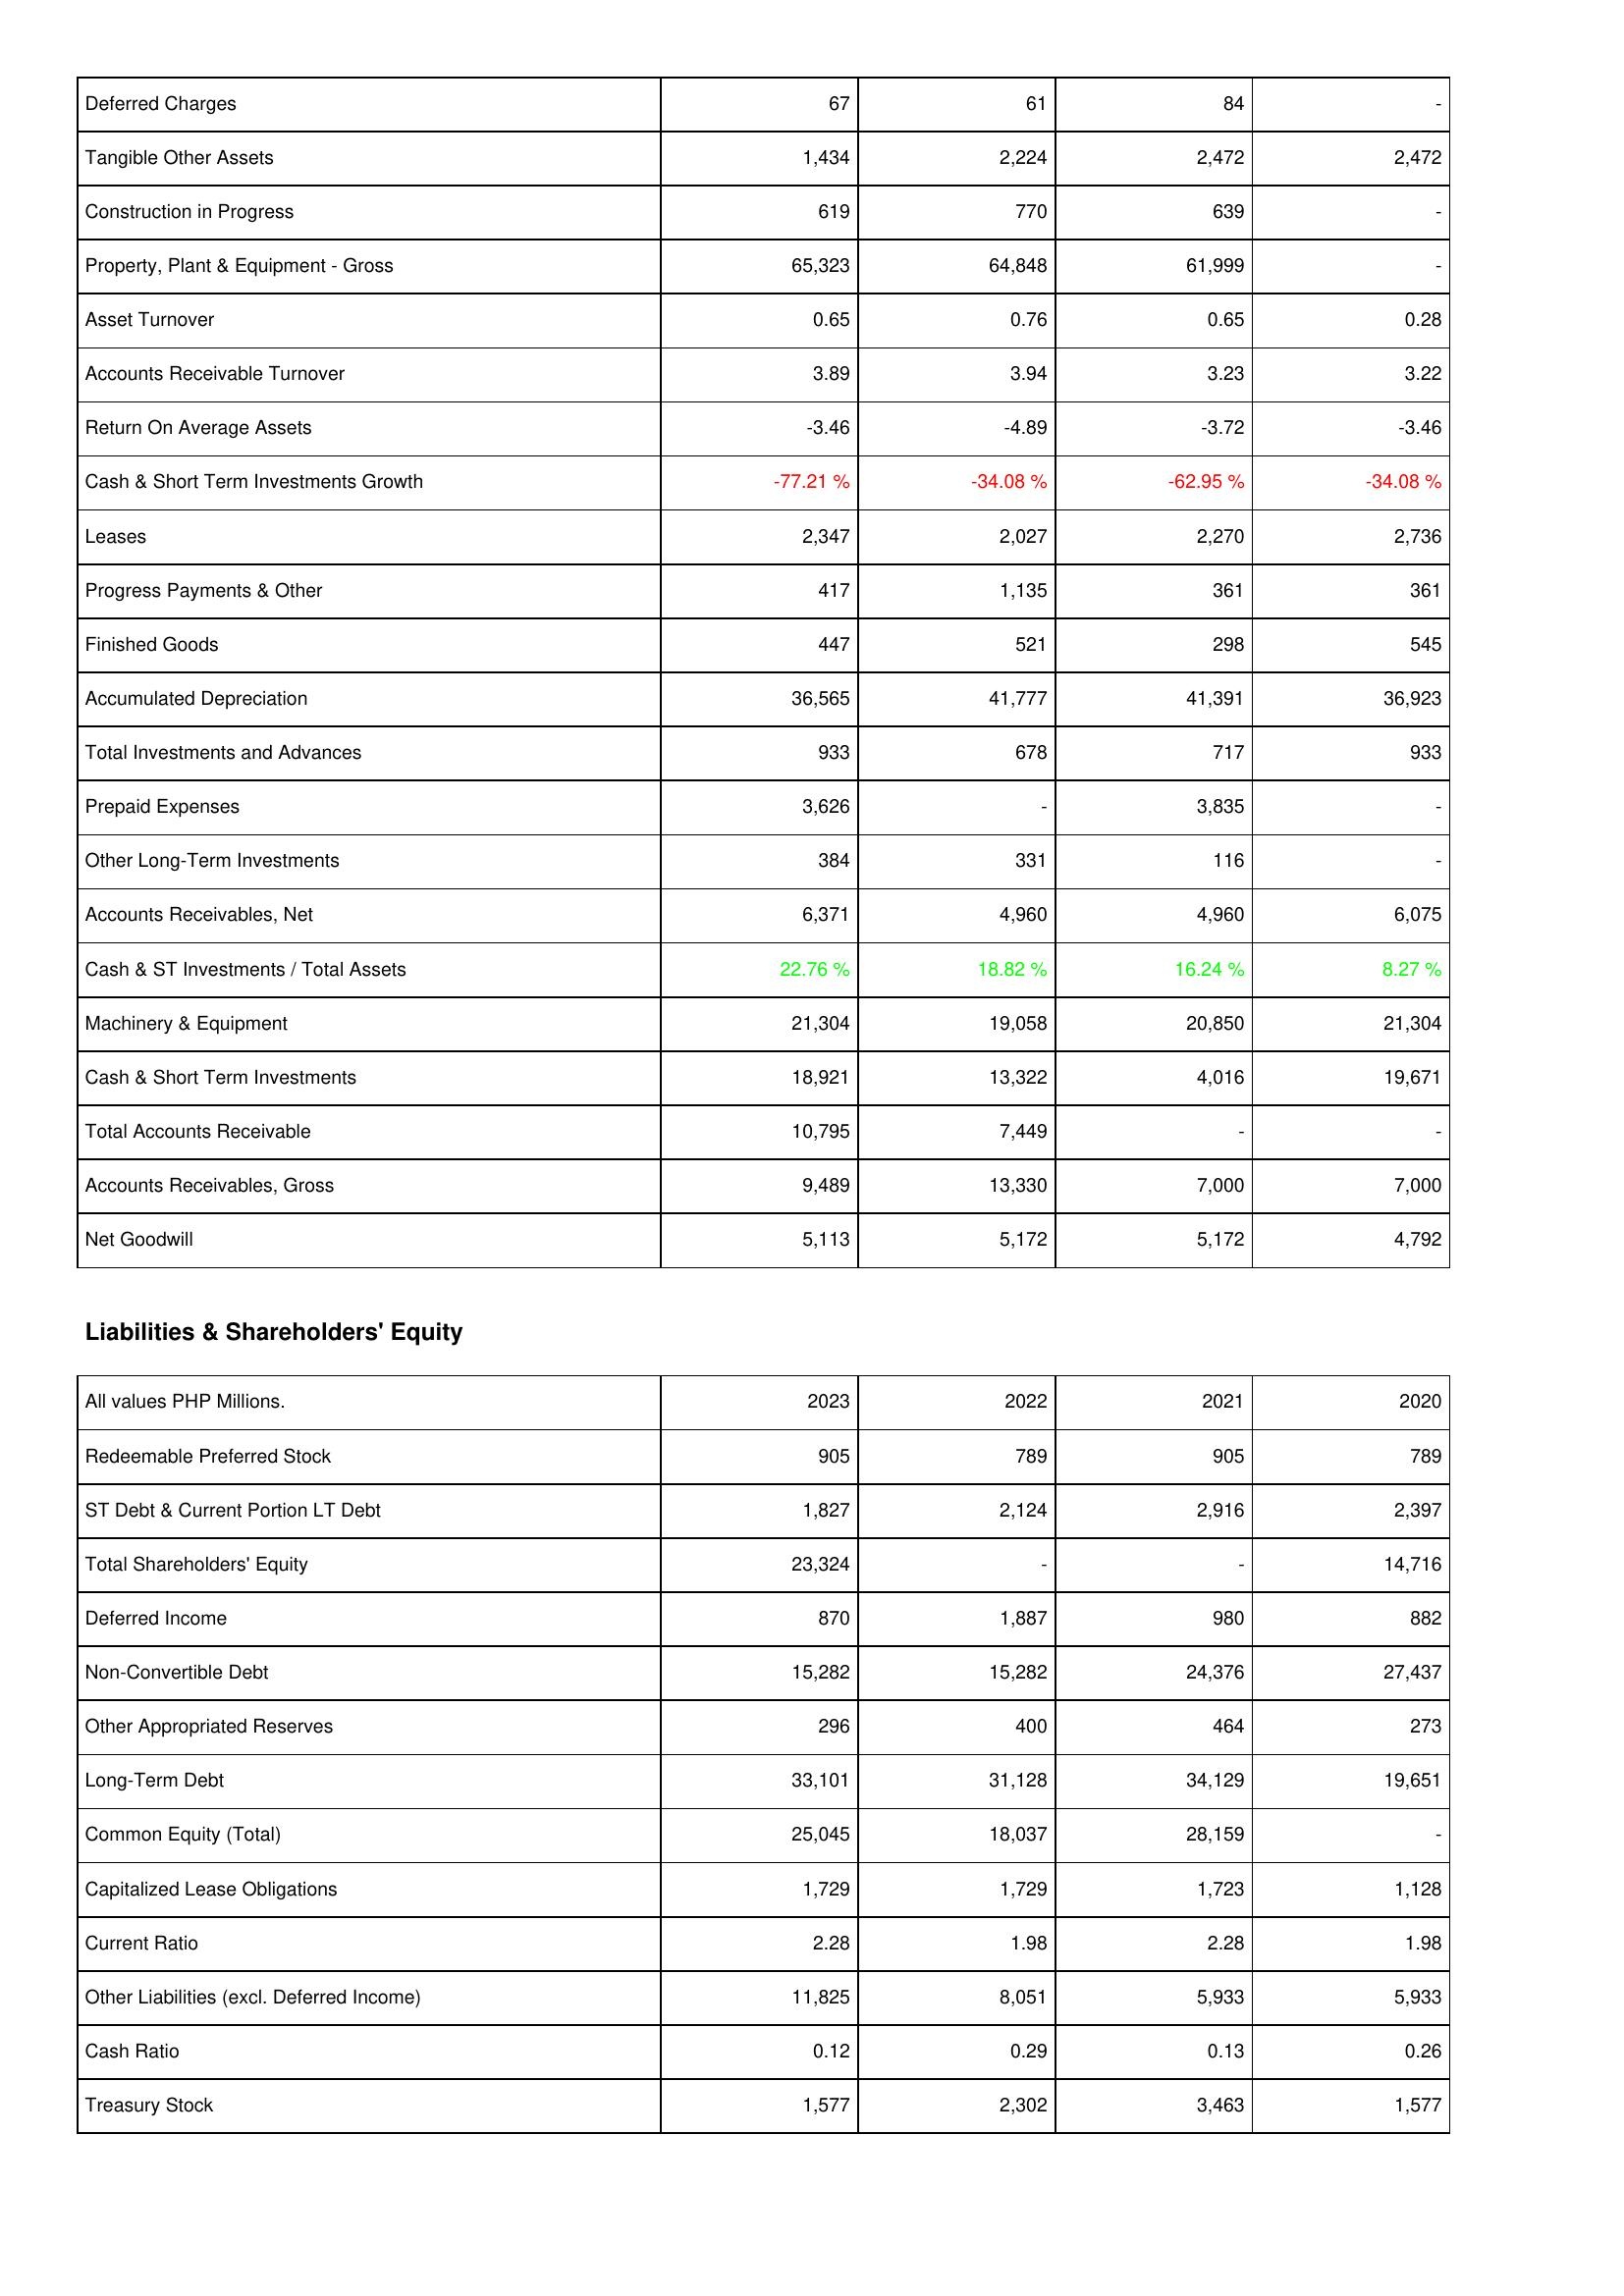
2023: Assets: Deferred Charges: 67
Tangible Other Assets: 1,434
Construction in Progress: 619
Property, Plant & Equipment - Gross: 65,323
Asset Turnover: 0.65
Accounts Receivable Turnover: 3.89
Return On Average Assets: -3.46
Cash & Short Term Investments Growth: -77.21 %
Leases: 2,347
Progress Payments & Other: 417
Finished Goods: 447
Accumulated Depreciation: 36,565
Total Investments and Advances: 933
Prepaid Expenses: 3,626
Other Long-Term Investments: 384
Accounts Receivables, Net: 6,371
Cash & ST Investments / Total Assets: 22.76 %
Machinery & Equipment: 21,304
Cash & Short Term Investments: 18,921
Total Accounts Receivable: 10,795
Accounts Receivables, Gross: 9,489
Net Goodwill: 5,113
Liabilities & Shareholders' Equity: Redeemable Preferred Stock: 905
ST Debt & Current Portion LT Debt: 1,827
Total Shareholders' Equity: 23,324
Deferred Income: 870
Non-Convertible Debt: 15,282
Other Appropriated Reserves: 296
Long-Term Debt: 33,101
Common Equity (Total): 25,045
Capitalized Lease Obligations: 1,729
Current Ratio: 2.28
Other Liabilities (excl. Deferred Income): 11,825
Cash Ratio: 0.12
Treasury Stock: 1,577
2022: Assets: Deferred Charges: 61
Tangible Other Assets: 2,224
Construction in Progress: 770
Property, Plant & Equipment - Gross: 64,848
Asset Turnover: 0.76
Accounts Receivable Turnover: 3.94
Return On Average Assets: -4.89
Cash & Short Term Investments Growth: -34.08 %
Leases: 2,027
Progress Payments & Other: 1,135
Finished Goods: 521
Accumulated Depreciation: 41,777
Total Investments and Advances: 678
Prepaid Expenses: -
Other Long-Term Investments: 331
Accounts Receivables, Net: 4,960
Cash & ST Investments / Total Assets: 18.82 %
Machinery & Equipment: 19,058
Cash & Short Term Investments: 13,322
Total Accounts Receivable: 7,449
Accounts Receivables, Gross: 13,330
Net Goodwill: 5,172
Liabilities & Shareholders' Equity: Redeemable Preferred Stock: 789
ST Debt & Current Portion LT Debt: 2,124
Total Shareholders' Equity: -
Deferred Income: 1,887
Non-Convertible Debt: 15,282
Other Appropriated Reserves: 400
Long-Term Debt: 31,128
Common Equity (Total): 18,037
Capitalized Lease Obligations: 1,729
Current Ratio: 1.98
Other Liabilities (excl. Deferred Income): 8,051
Cash Ratio: 0.29
Treasury Stock: 2,302
2021: Assets: Deferred Charges: 84
Tangible Other Assets: 2,472
Construction in Progress: 639
Property, Plant & Equipment - Gross: 61,999
Asset Turnover: 0.65
Accounts Receivable Turnover: 3.23
Return On Average Assets: -3.72
Cash & Short Term Investments Growth: -62.95 %
Leases: 2,270
Progress Payments & Other: 361
Finished Goods: 298
Accumulated Depreciation: 41,391
Total Investments and Advances: 717
Prepaid Expenses: 3,835
Other Long-Term Investments: 116
Accounts Receivables, Net: 4,960
Cash & ST Investments / Total Assets: 16.24 %
Machinery & Equipment: 20,850
Cash & Short Term Investments: 4,016
Total Accounts Receivable: -
Accounts Receivables, Gross: 7,000
Net Goodwill: 5,172
Liabilities & Shareholders' Equity: Redeemable Preferred Stock: 905
ST Debt & Current Portion LT Debt: 2,916
Total Shareholders' Equity: -
Deferred Income: 980
Non-Convertible Debt: 24,376
Other Appropriated Reserves: 464
Long-Term Debt: 34,129
Common Equity (Total): 28,159
Capitalized Lease Obligations: 1,723
Current Ratio: 2.28
Other Liabilities (excl. Deferred Income): 5,933
Cash Ratio: 0.13
Treasury Stock: 3,463
2020: Assets: Deferred Charges: -
Tangible Other Assets: 2,472
Construction in Progress: -
Property, Plant & Equipment - Gross: -
Asset Turnover: 0.28
Accounts Receivable Turnover: 3.22
Return On Average Assets: -3.46
Cash & Short Term Investments Growth: -34.08 %
Leases: 2,736
Progress Payments & Other: 361
Finished Goods: 545
Accumulated Depreciation: 36,923
Total Investments and Advances: 933
Prepaid Expenses: -
Other Long-Term Investments: -
Accounts Receivables, Net: 6,075
Cash & ST Investments / Total Assets: 8.27 %
Machinery & Equipment: 21,304
Cash & Short Term Investments: 19,671
Total Accounts Receivable: -
Accounts Receivables, Gross: 7,000
Net Goodwill: 4,792
Liabilities & Shareholders' Equity: Redeemable Preferred Stock: 789
ST Debt & Current Portion LT Debt: 2,397
Total Shareholders' Equity: 14,716
Deferred Income: 882
Non-Convertible Debt: 27,437
Other Appropriated Reserves: 273
Long-Term Debt: 19,651
Common Equity (Total): -
Capitalized Lease Obligations: 1,128
Current Ratio: 1.98
Other Liabilities (excl. Deferred Income): 5,933
Cash Ratio: 0.26
Treasury Stock: 1,577